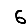
Digit: 6